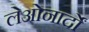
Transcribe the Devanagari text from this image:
लेओनार्दों